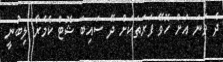
ދެ ވަނަ އަށް ހޮވޭ ފަރަތަކަށް ދޭ ސައިބަ ޝޮޓް ކެމެރާ ލިބުނީ